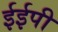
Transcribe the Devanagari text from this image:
ईईपी